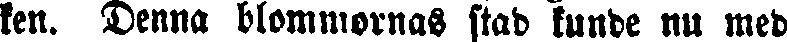
ken. Denna blommornas stad kunde nu med